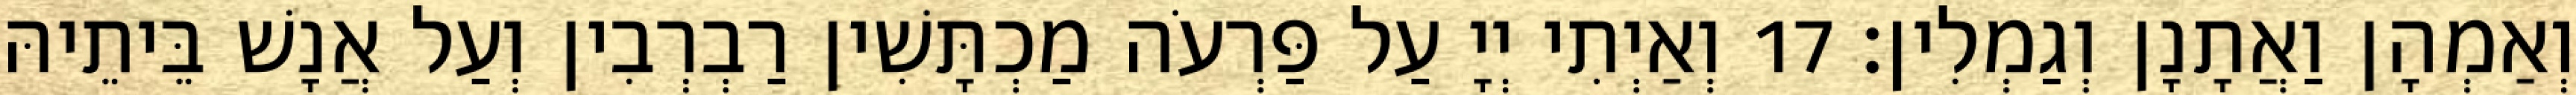
וְאַמְהָן וַאֲתָנָן וְגַמְלִין׃ 17 וְאַיְתִי יְיָ עַל פַּרְעֹה מַכְתָּשִׁין רַבְרְבִין וְעַל אֲנָשׁ בֵּיתֵיהּ